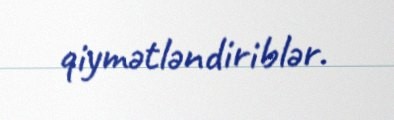
qiymətləndiriblər.